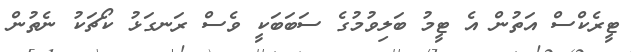
ޓީރެކްސް އަތުން އެ ޓީމު ބަލިވުމުގެ ސަބަބަކީ ވެސް ރަނގަޅު ކޯޗަކު ނެތުން